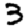
Digit: 3